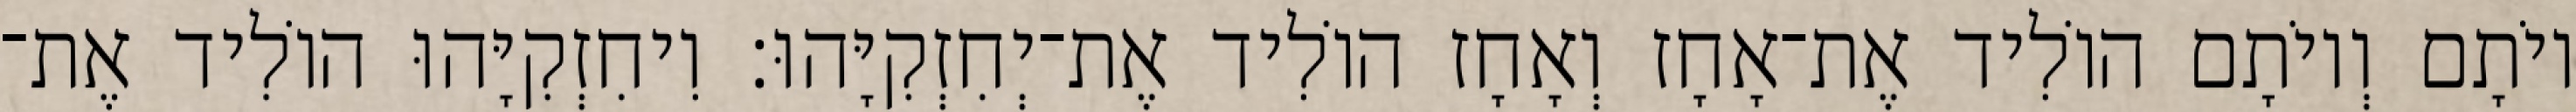
יוֹתָם וְיוֹתָם הוֹלִיד אֶת־אָחָז וְאָחָז הוֹלִיד אֶת־יְחִזְקִיָּהוּ׃ וִיחִזְקִיָּהוּ הוֹלִיד אֶת־